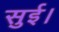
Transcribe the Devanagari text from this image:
सुई।